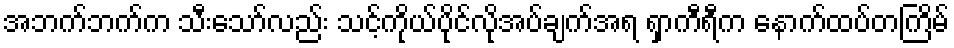
အဘက်ဘက်က သီးသော်လည်း သင့်ကိုယ်ပိုင်လိုအပ်ချက်အရ ရှာကီရီက နောက်ထပ်တကြိမ်